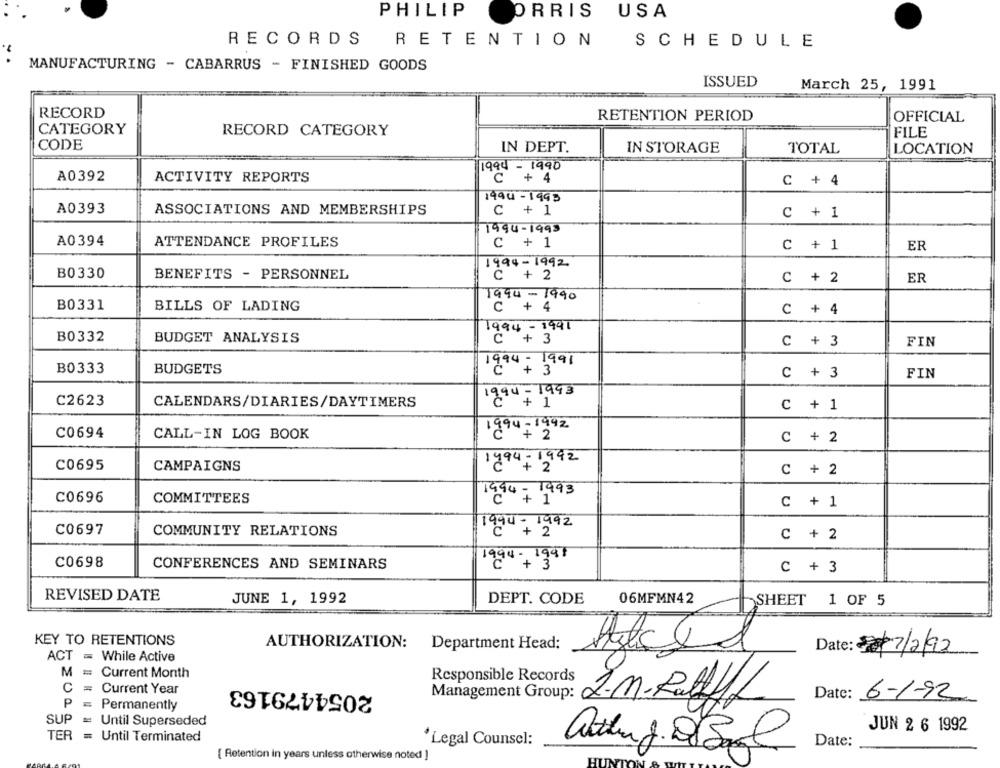
PHILIP
ORRIS USA
RECORDS
RETENTION
SCHEDULE
MANUFACTURING - CABARRUS - FINISHED GOODS
ISSUED
March 25, 1991
RECORD
RETENTION PERIOD
OFFICIAL
CATEGORY
RECORD CATEGORY
FILE
CODE
IN DEPT.
IN STORAGE
TOTAL
LOCATION
1994-1990
A0392
ACTIVITY REPORTS
: + 4
C + 4
1490-1993
A0393
ASSOCIATIONS AND MEMBERSHIPS
C + 1
C + 1
1994-1995
A0394
ATTENDANCE PROFILES
C + 1
C + 1
ER
1994-1992
B0330
BENEFITS - PERSONNEL
'c + 2
C + 2
ER
1994-1990
B0331
BILLS OF LADING
C + 4
C + 4
1994- 1991
B0332
BUDGET ANALYSIS
"+ 3
C + 3
FIN
B0333
BUDGETS
1994 + 3
C + 3
FIN
- 1993
C2623
CALENDARS/DIARIES/DAYTIMERS
C + 1
1994-1992
C0694
CALL-IN LOG BOOK
"+ 2
C + 2
1994- 1992
C0695
CAMPAIGNS
C + 2
C0696
COMMITTEES
1994- 1993
C + 1
C0697
COMMUNITY RELATIONS
"""+'29
C + 2
C0698
CONFERENCES AND SEMINARS
1994-+ 13
C + 3
REVISED DATE
JUNE 1, 1992
06MFMN42
DEPT. CODE
SHEET 1 OF 5
KEY TO RETENTIONS
AUTHORIZATION:
Department Head:
Date: 007/2/92
ACT = While Active
M = Current Month
2054479163
Responsible Records
C
=
Current Year
Management Group:
Date: 6-1-92
P
= Permanently
J.m.Ratliff
SUP
Until Superseded
JUN 2 6 1992
TER = Until Terminated
'Legal Counsel:
Date:
[ Retention in years unless otherwise noted ]